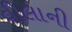
વીલાની